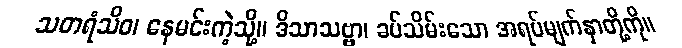
သတရံသိဝ၊ နေမင်းကဲ့သို့။ ဒိသာသဗ္ဗာ၊ ခပ်သိမ်းသော အရပ်မျက်နှာတို့ကို။